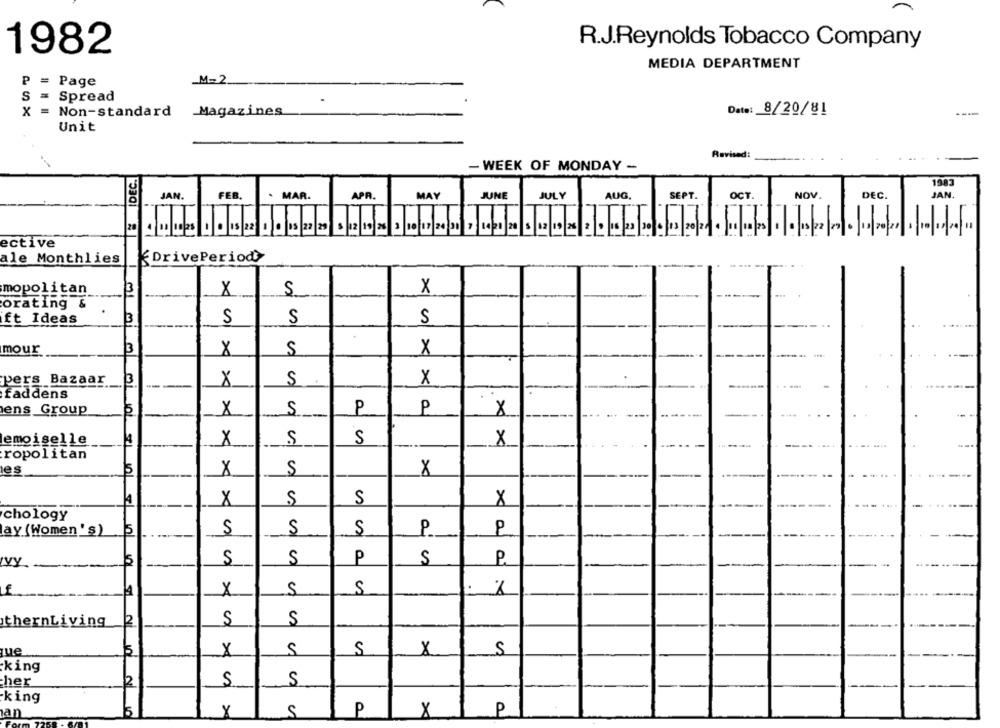
1982
R.J.Reynolds Tobacco Company
MEDIA DEPARTMENT
_M=2
P = Page
S = Spread
x
= Non-standard
Magazines
Date: 8/20/81
---
Unit
Revised:
-
- WEEK OF MONDAY -
S IDEC.
1983
JAN.
FEB.
. MAR.
APR.
MAY
JUNE
JULY
AUG.
SEPT.
OCT.
NOV.
DEC.
JAN
.
ective
ale Monthlies
DrivePeriod'}
mopolitan
3
X
S
X
orating &
ft Ideas
3
S
S
S
mour
S
X
pers Bazaar
3
--
×
S
X
faddens
P
ens Group
S
P
X
lemoiselle
4
X
S
S
X
ropolitan
les
15
X
S
X
4
X
S
S
X
chology
lay (Women ' s)
S
S
S
P
P
15
S
S
P
S
P
IVY
Y.
X
S
f.
A
S
S
S
thernLiving
12
X
S
S
X
S
king
-her
2
S
S
king
an
x
S
P
X
P